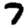
Digit: 7